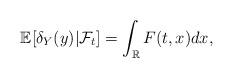
LaTeX: \begin{align*} \mathbb{E}[\delta_Y(y)|\mathcal{F}_t]=\int_{\mathbb{R}}F(t,x)dx,\end{align*}